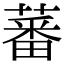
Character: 蕃